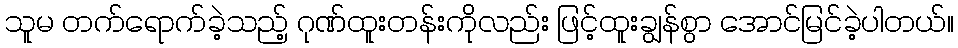
သူမ တက်ရောက်ခဲ့သည့် ဂုဏ်ထူးတန်းကိုလည်း ဖြင့်ထူးချွန်စွာ အောင်မြင်ခဲ့ပါတယ်။